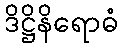
ဒိဋ္ဌိနိရောဓံ